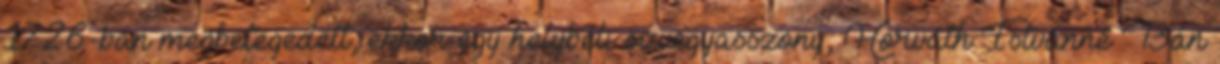
1726-ban megbetegedett, ekkor egy helybéli özvegyasszony, Horváth Istvánné Bán